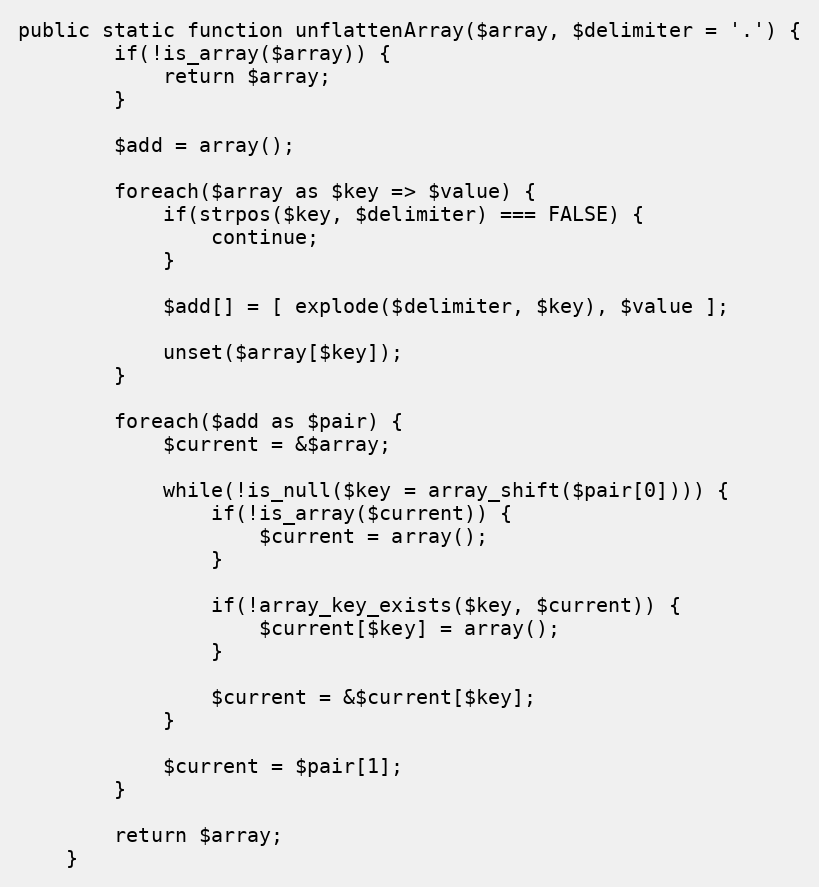
Language: PHP
public static function unflattenArray($array, $delimiter = '.') {
        if(!is_array($array)) {
            return $array;
        }

        $add = array();

        foreach($array as $key => $value) {
            if(strpos($key, $delimiter) === FALSE) {
                continue;
            }

            $add[] = [ explode($delimiter, $key), $value ];

            unset($array[$key]);
        }

        foreach($add as $pair) {
            $current = &$array;

            while(!is_null($key = array_shift($pair[0]))) {
                if(!is_array($current)) {
                    $current = array();
                }

                if(!array_key_exists($key, $current)) {
                    $current[$key] = array();
                }

                $current = &$current[$key];
            }

            $current = $pair[1];
        }

        return $array;
    }